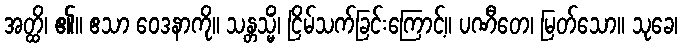
အတ္ထိ၊ ၏။ ဧသာ ဝေဒနာကို။ သန္တသ္မိံ၊ ငြိမ်သက်ခြင်းကြောင့်။ ပဏီတေ၊ မြတ်သော။ သုခေ၊